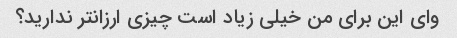
وای این برای من خیلی زیاد است چیزی ارزانتر ندارید؟